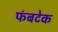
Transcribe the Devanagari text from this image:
फ॔बटेक